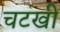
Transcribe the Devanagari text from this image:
चटखी